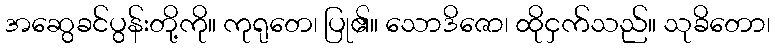
အဆွေခင်ပွန်းတို့ကို။ ကုရုတေ၊ ပြု၏။ သောဒိဇော၊ ထိုငှက်သည်။ သုခိတော၊